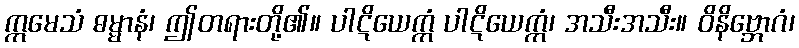
ဣမေသံ ဓမ္မာနံ၊ ဤတရားတို့၏။ ပါဋိယေက္ကံ ပါဋိယေက္ကံ၊ အသီးအသီး။ ဝိနိဗ္ဘောဂံ၊